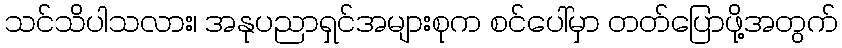
သင်သိပါသလား၊ အနုပညာရှင်အများစုက စင်ပေါ်မှာ တတ်ပြောဖို့အတွက်